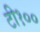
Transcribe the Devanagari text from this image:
टी१००